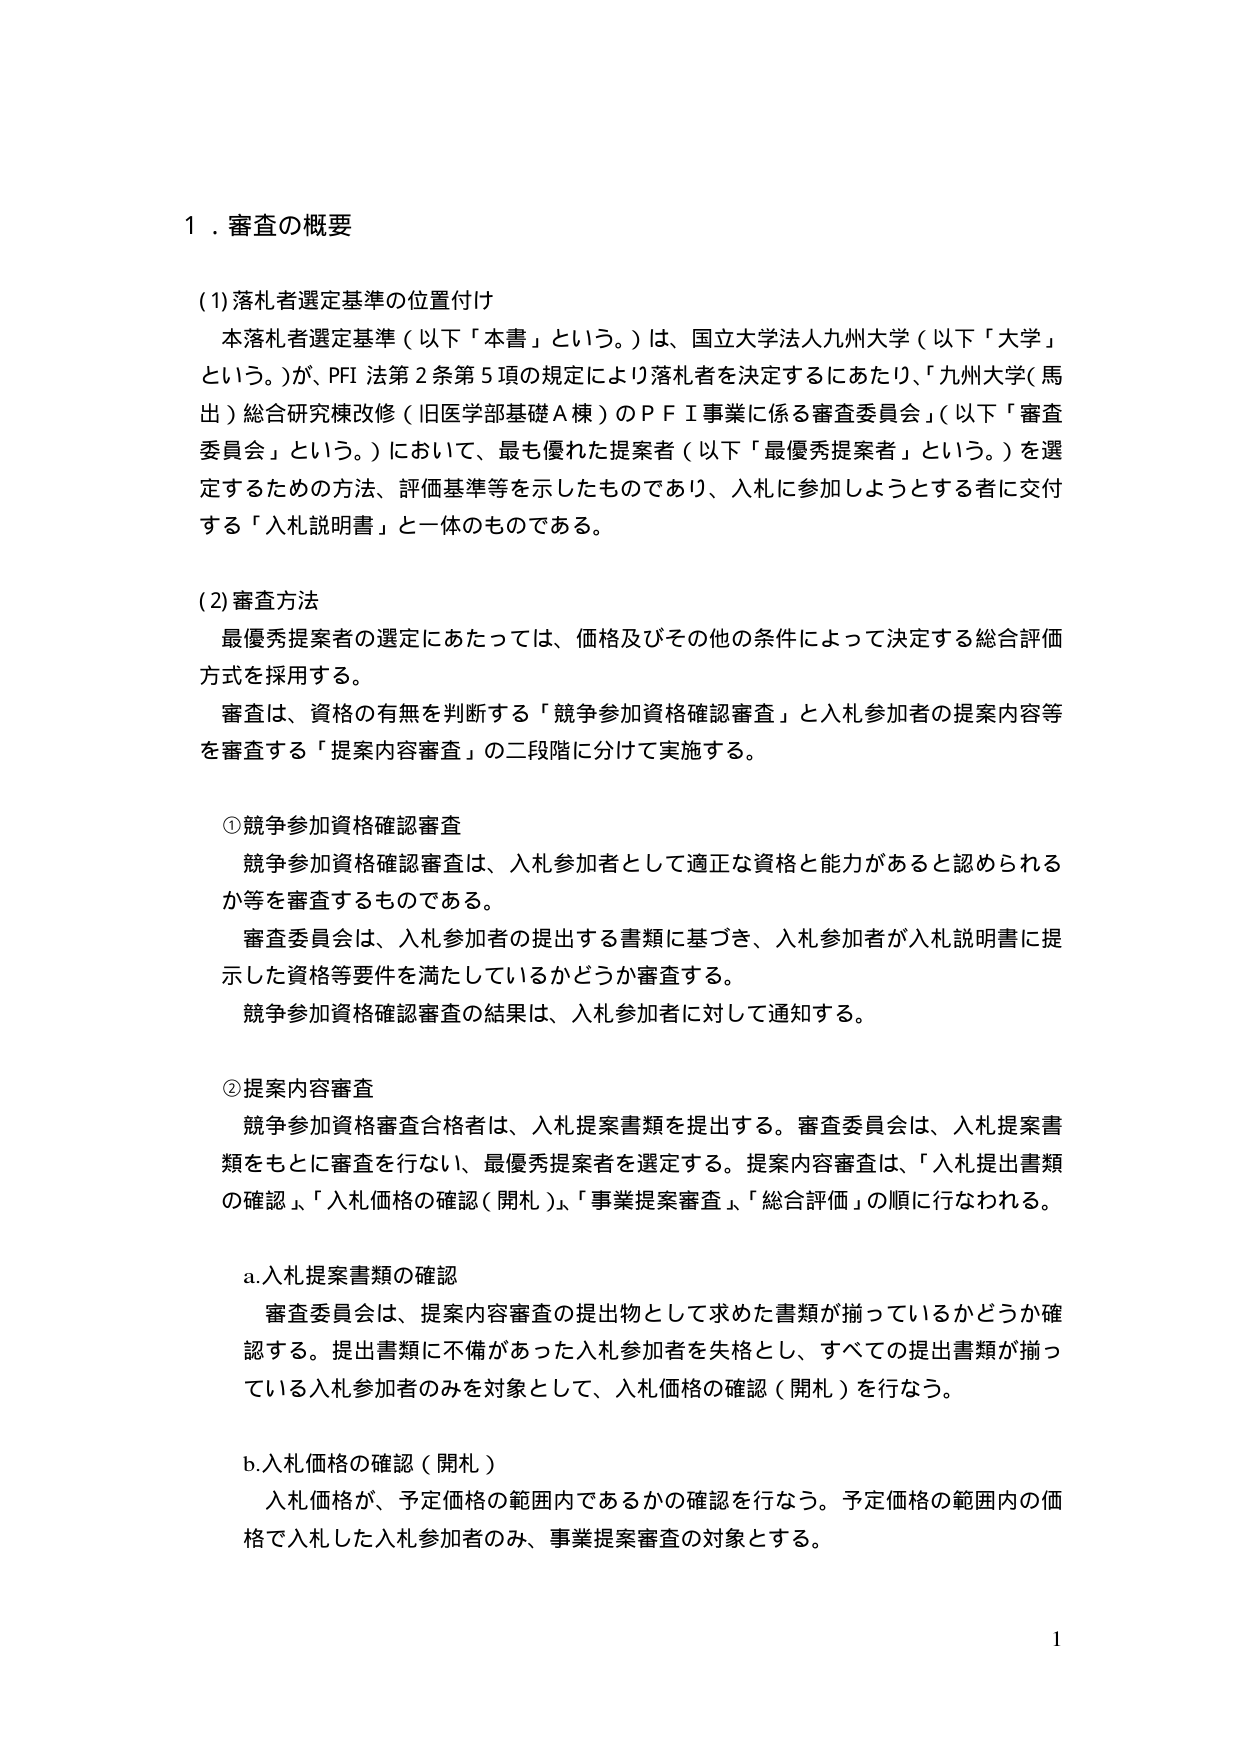
1．審査の概要

(1) 落札者選定基準の位置付け
本落札者選定基準（以下「本書」という。）は、国立大学法人九州大学（以下「大学」という。）が、PFI 法第2条第5項の規定により落札者を決定するにあたり、「九州大学（馬出）総合研究棟改修（旧医学部基礎A棟）のＰＦＩ事業に係る審査委員会」（以下「審査委員会」という。）において、最も優れた提案者（以下「最優秀提案者」という。）を選定するための方法、評価基準等を示したものであり、入札に参加しようとする者に交付する「入札説明書」と一体のものである。

(2) 審査方法
最優秀提案者の選定にあたっては、価格及びその他の条件によって決定する総合評価方式を採用する。
審査は、資格の有無を判断する「競争参加資格確認審査」と入札参加者の提案内容等を審査する「提案内容審査」の二段階に分けて実施する。

① 競争参加資格確認審査
競争参加資格確認審査は、入札参加者として適正な資格と能力があると認められるか等を審査するものである。
審査委員会は、入札参加者の提出する書類に基づき、入札参加者が入札説明書に提示した資格等要件を満たしているかどうか審査する。
競争参加資格確認審査の結果は、入札参加者に対して通知する。

② 提案内容審査
競争参加資格審査合格者は、入札提案書類を提出する。審査委員会は、入札提案書類をもとに審査を行ない、最優秀提案者を選定する。提案内容審査は、「入札提出書類の確認」、「入札価格の確認（開札）」、「事業提案審査」、「総合評価」の順に行なわれる。

a. 入札提案書類の確認
審査委員会は、提案内容審査の提出物として求めた書類が揃っているかどうか確認する。提出書類に不備があった入札参加者を失格とし、すべての提出書類が揃っている入札参加者のみを対象として、入札価格の確認（開札）を行なう。

b. 入札価格の確認（開札）
入札価格が、予定価格の範囲内であるかの確認を行なう。予定価格の範囲内の価格で入札した入札参加者のみ、事業提案審査の対象とする。

1